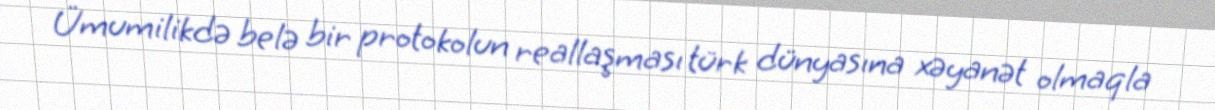
Ümumilikdə belə bir protokolun reallaşması türk dünyasına xəyanət olmaqla